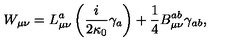
W _ { \mu \nu } = L _ { \mu \nu } ^ { a } \left( \frac { i } { 2 \kappa _ { 0 } } \gamma _ { a } \right) + \frac { 1 } { 4 } B _ { \mu \nu } ^ { a b } \gamma _ { a b } ,